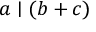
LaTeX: a \mid ( b + c )